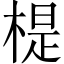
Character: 㮛